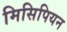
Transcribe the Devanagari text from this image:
मिसिपियन